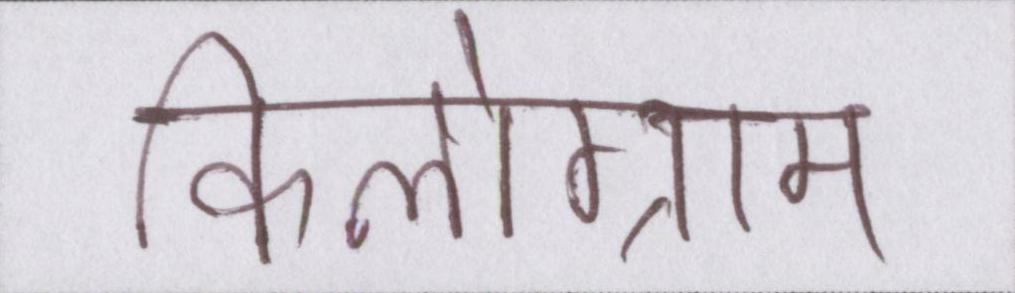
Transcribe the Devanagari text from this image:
किलोग्राम